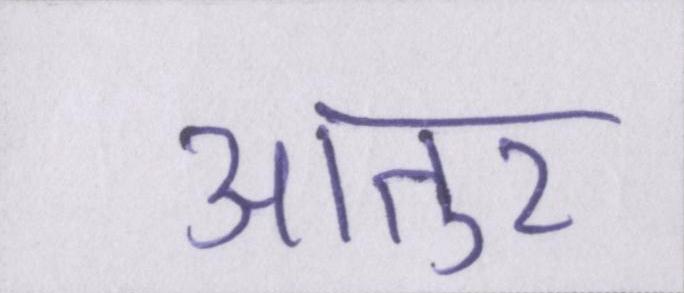
आतुर